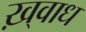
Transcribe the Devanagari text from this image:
ख़्वाध